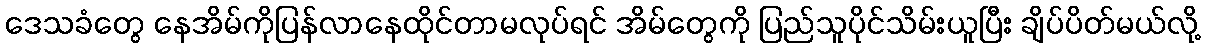
ဒေသခံတွေ နေအိမ်ကိုပြန်လာနေထိုင်တာမလုပ်ရင် အိမ်တွေကို ပြည်သူပိုင်သိမ်းယူပြီး ချိပ်ပိတ်မယ်လို့